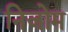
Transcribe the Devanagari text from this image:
निजोम